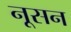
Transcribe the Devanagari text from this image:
नूसन